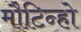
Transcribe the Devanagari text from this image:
मौटिन्हो